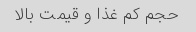
حجم کم غذا و قیمت بالا